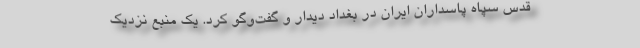
قدس سپاه پاسداران ایران در بغداد دیدار و گفت‌وگو کرد. یک منبع نزدیک